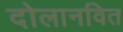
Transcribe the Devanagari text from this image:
दोलानवित